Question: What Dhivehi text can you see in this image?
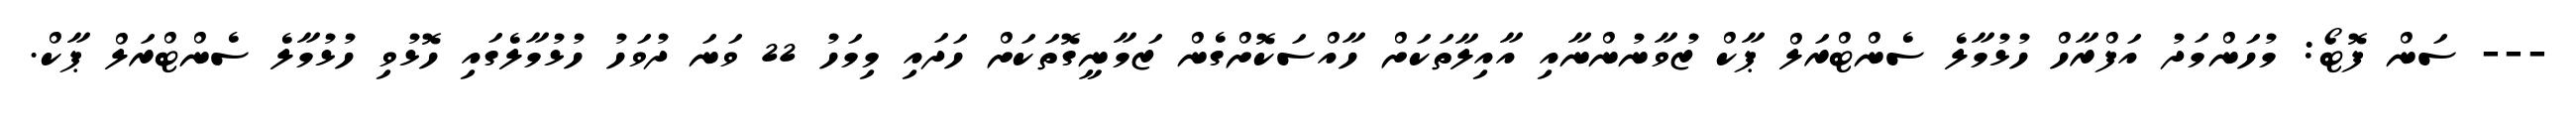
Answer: --- ސަން ފޮޓޯ: މުހަންމަދު އަފްރާހް ހުޅުމާލެ ސެންޓްރަލް ޕާކް ޒުވާނުންނާއި އާއިލާތަކަށް ހާއްސަކޮށްގެން ޒަމާނީގޮތަކަށް ހަދައި މިމަހު 22 ވަނަ ދުވަހު ހުޅުމާލެގައި ހޮޅުވި ހުޅުމާލެ ސެންޓްރަލް ޕާކް.